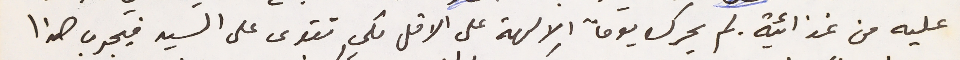
عليه من غذائية. لم يحرك يوماً الالهة على الاقل لكي تقوى على السيد فيجرب هذا